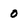
Character: 0